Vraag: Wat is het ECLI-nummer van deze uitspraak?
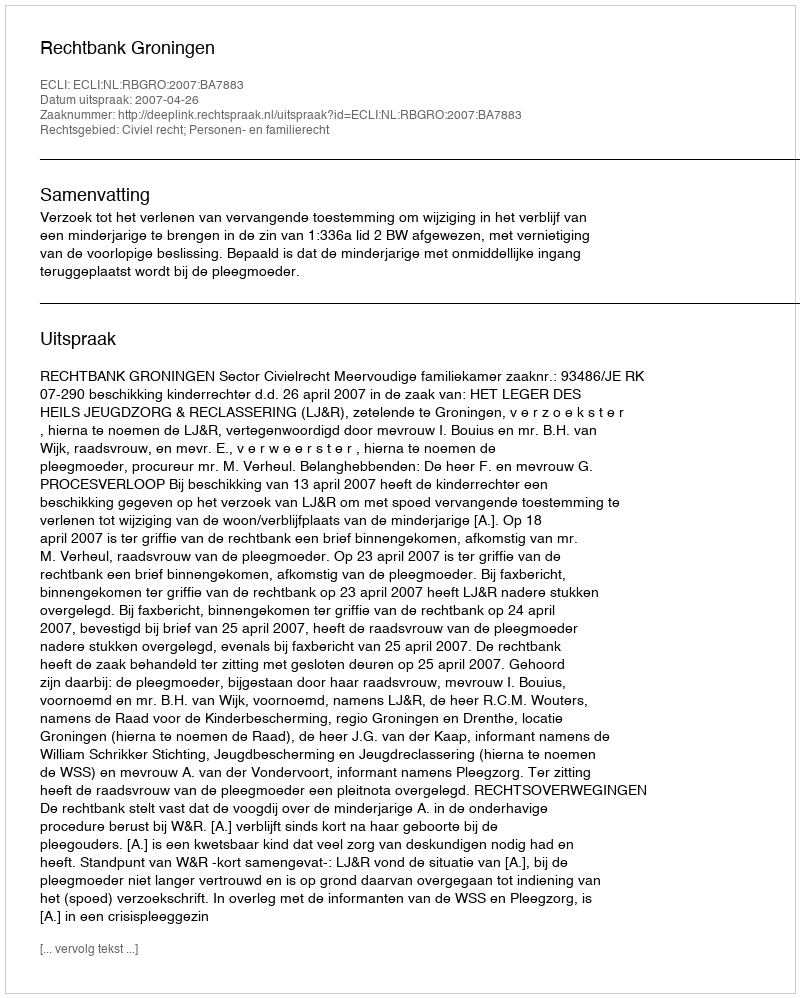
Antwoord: ECLI:NL:RBGRO:2007:BA7883